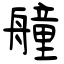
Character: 艟